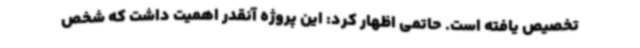
تخصیص یافته است. حاتمی اظهار کرد: این پروژه آنقدر اهمیت داشت که شخص